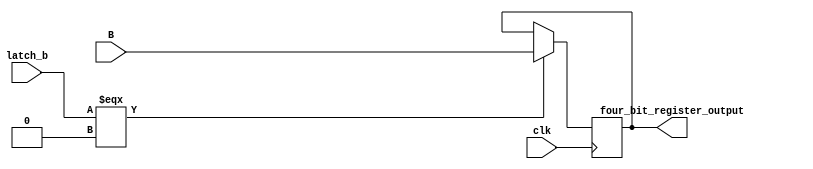
`timescale 1ns / 1ps
//////////////////////////////////////////////////////////////////////////////////
// Mehdi Mortazavian 9932114
//////////////////////////////////////////////////////////////////////////////////
module four_bit_register(
	input clk,
	input [3:0]B,
	input latch_b,
	output reg [3:0]four_bit_register_output = 0
    );
	
	always@(posedge clk)begin
		if(latch_b === 0)begin
			four_bit_register_output = B;
		end
		
	end


endmodule